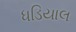
ધડિયાલ